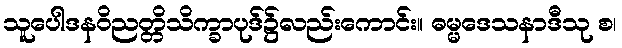
သူပေါဒနဝိညတ္တိသိက္ခာပုဒ်၌လည်းကောင်း။ ဓမ္မဒေသနာဒီသု စ၊